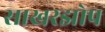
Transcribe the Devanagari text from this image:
साखरझोप